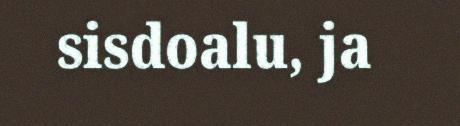
sisdoalu, ja